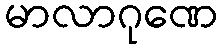
မာလာဂုဏေ